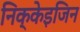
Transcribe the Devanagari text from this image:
निक्केइजिन